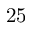
2 5